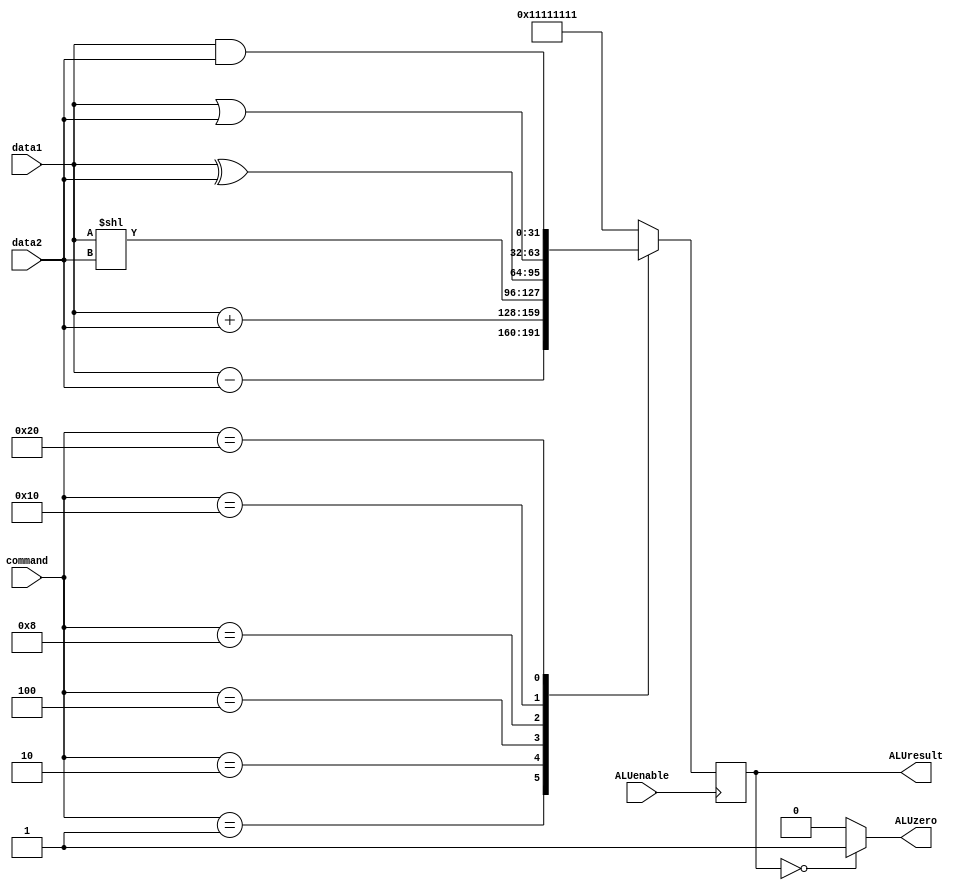
module ALU(input ALUenable,input[5:0] command, input[31:0] data1, input[31:0] data2, output[31:0] ALUresult, output ALUzero);
    // BEQ and SUB needs SUB, ADD needs ADD, shift left needs SL, and XOR, OR  command={OR,XOR,SL,ADD,SUB} which is from the control unit
    parameter SUB=6'b000001;
    parameter ADD=6'b000010;
    parameter  SL=6'b000100;
    parameter XOR=6'b001000;
    parameter  OR=6'b010000;
	 
	 parameter  AND=6'b100000;
	 
    reg[31:0] ALUresult_r;
    assign ALUresult=ALUresult_r;
    assign ALUzero=(ALUresult==32'h00000000)?1'b1:1'b0;
    always @(posedge ALUenable)
       begin
          case(command)
            SUB:
               begin
                  ALUresult_r<=data1-data2;
               end
            ADD:
               begin
                  ALUresult_r<=data1+data2;
               end
             SL:
               begin
                  ALUresult_r<=data1<<data2;
               end 
             XOR:
               begin
                  ALUresult_r<=data1^data2;
               end  
             OR:
               begin
                  ALUresult_r<=data1|data2;
               end
				 AND:
               begin
                  ALUresult_r<=data1&data2;
               end
             default:ALUresult_r<=32'h11111111;
           endcase         
       end
endmodule
//Mar. 2, 2019, Y. Zhao, EECS2021, YorkU